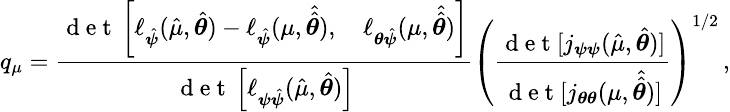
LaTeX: \small q_{\mu}=\frac{\mathrm{~d~e~t~}\left[\ell_{\hat{\boldsymbol{\psi}}}(\hat{\mu},\hat{\boldsymbol{\theta}})-\ell_{\hat{\boldsymbol{\psi}}}(\mu,\hat{\hat{\boldsymbol{\theta}}}),\quad\ell_{\boldsymbol{\theta}\hat{\boldsymbol{\psi}}}(\mu,\hat{\hat{\boldsymbol{\theta}}})\right]}{\mathrm{~d~e~t~}\left[\ell_{\boldsymbol{\psi}\hat{\boldsymbol{\psi}}}(\hat{\mu},\hat{\boldsymbol{\theta}})\right]}\left(\frac{\mathrm{~d~e~t~}[j_{\boldsymbol{\psi}\boldsymbol{\psi}}(\hat{\mu},\hat{\boldsymbol{\theta}})]}{\mathrm{~d~e~t~}[j_{\boldsymbol{\theta}\boldsymbol{\theta}}(\mu,\hat{\hat{\boldsymbol{\theta}}})]}\right)^{1/2}\, ,